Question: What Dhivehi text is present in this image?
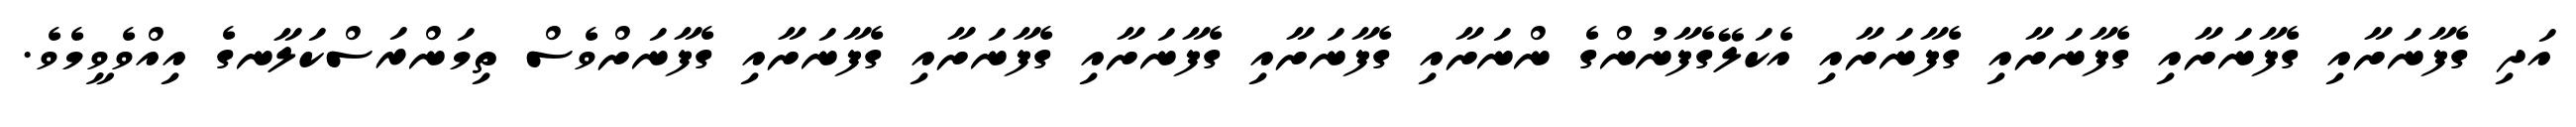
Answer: އަދި ގެފާނަށާއި ގެފާނަށާއި ގެފާނަށާއި ގެފާނަށާއި އެކަލޭގެފާނުންގެ ންނަށާއި ގެފާނަށާއި ގެފާނަށާއި ގެފާނަށާއި ގެފާނަށާއި ގެފާނަށްވެސް ތިމަންރަސްކަލާނގެ އިއްވެވީމެވެ.